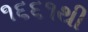
૧૬૬૧થી